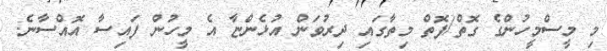
މި މީސްމީހުންގެ ގޮތް/ފޮތް މިތާގައި ދިރުވަން އުޅެންޏާ އެ މީހުން ފައިސާ އޮއްސާނެ.